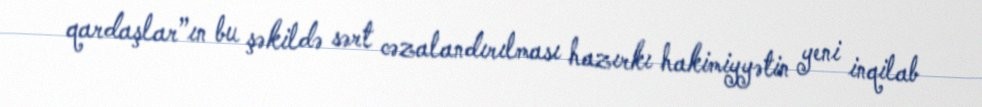
qardaşlar”ın bu şəkildə sərt cəzalandırılması hazırkı hakimiyyətin yeni inqilab